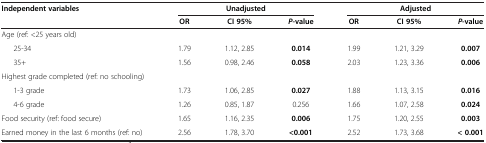
<table><thead><tr><td><b>Independent variables</b></td><td colspan="3"><b>Unadjusted</b></td><td colspan="3"><b>Adjusted</b></td></tr><tr><td><b> </b></td><td><b>OR</b></td><td><b>CI 95%</b></td><td><b><i>P</i>-value</b></td><td><b>OR</b></td><td><b>CI 95%</b></td><td><b><i>P</i>-value</b></td></tr></thead><tbody><tr><td>Age (ref: &lt;25 years old)</td><td> </td><td> </td><td> </td><td> </td><td> </td><td> </td></tr><tr><td>25-34</td><td>1.79</td><td>1.12, 2.85</td><td><b>0.014</b></td><td>1.99</td><td>1.21, 3.29</td><td><b>0.007</b></td></tr><tr><td>35+</td><td>1.56</td><td>0.98, 2.46</td><td><b>0.058</b></td><td>2.03</td><td>1.23, 3.36</td><td><b>0.006</b></td></tr><tr><td>Highest grade completed (ref: no schooling)</td><td> </td><td> </td><td> </td><td> </td><td> </td><td> </td></tr><tr><td>1-3 grade</td><td>1.73</td><td>1.06, 2.85</td><td><b>0.027</b></td><td>1.88</td><td>1.13, 3.15</td><td><b>0.016</b></td></tr><tr><td>4-6 grade</td><td>1.26</td><td>0.85, 1.87</td><td>0.256</td><td>1.66</td><td>1.07, 2.58</td><td><b>0.024</b></td></tr><tr><td>Food security (ref: food secure)</td><td>1.65</td><td>1.16, 2.35</td><td><b>0.006</b></td><td>1.75</td><td>1.20, 2.55</td><td><b>0.003</b></td></tr><tr><td>Earned money in the last 6 months (ref: no)</td><td>2.56</td><td>1.78, 3.70</td><td><b>&lt;0.001</b></td><td>2.52</td><td>1.73, 3.68</td><td><b>&lt; 0.001</b></td></tr></tbody></table>